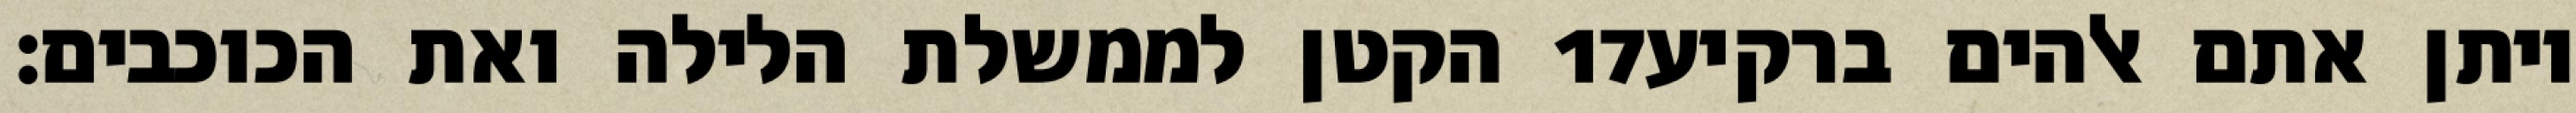
הקטן לממשלת הלילה ואת הכוכבים׃ ‎17‏ ויתן אתם אלהים ברקיע